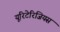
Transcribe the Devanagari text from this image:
यूरिटेरिजियस